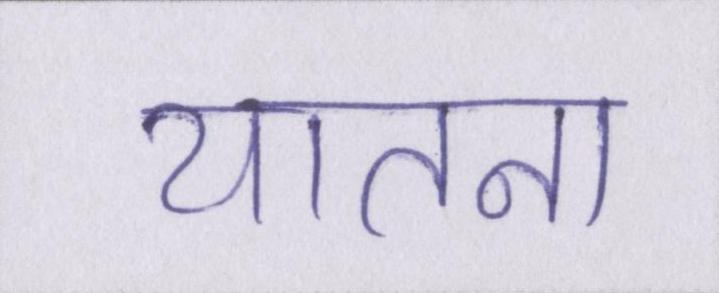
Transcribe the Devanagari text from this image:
यातना